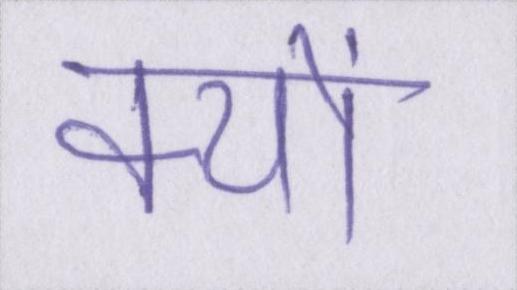
क्यों